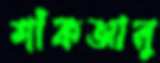
শাঁকআলু